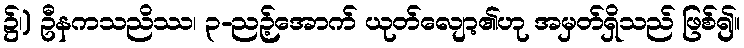
၌၊) ဦနကသညိဿ၊ ၃-ညဉ့်အောက် ယုတ်လျော့၏ဟု အမှတ်ရှိသည် ဖြစ်၍။